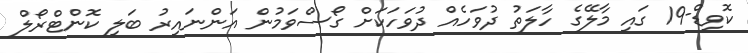
ކޮވިޑް-19 ގައި މާލޭގެ ހާލަތު ދުވަހެއް ދުވަހަކަށް ގޯސްވަމުން އަންނައިރު ބަލި ކޮންޓްރޯލް